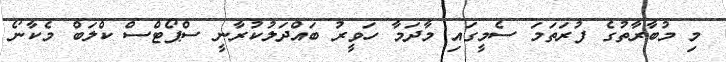
މި މުބާރާތުގެ ފުރަތަމަ ސެމީގައި މާދަމާ ހަވީރު ބައްދަލުކުރާނީ ސްޕޯޓްސް ކްލަބް މެކާނޯ